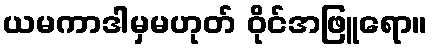
ယမကာဒါမှမဟုတ် ဝိုင်အဖြူရော။